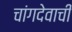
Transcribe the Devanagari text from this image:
चांगदेवाची